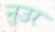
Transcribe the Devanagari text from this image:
नुउर